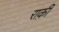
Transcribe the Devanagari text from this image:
राक़ी